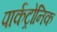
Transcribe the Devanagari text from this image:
पार्कट्रोनिक